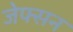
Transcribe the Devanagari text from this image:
जेफ्सन